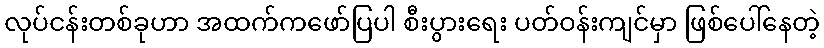
လုပ်ငန်းတစ်ခုဟာ အထက်ကဖော်ပြပါ စီးပွားရေး ပတ်ဝန်းကျင်မှာ ဖြစ်ပေါ်နေတဲ့